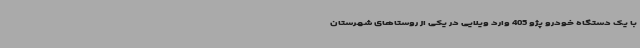
با یک دستگاه خودرو پژو 405 وارد ویلایی در یکی از روستاهای شهرستان